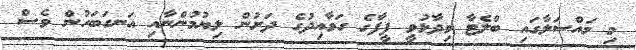
މި މައްސަލާގައި ބްލެޓާ ވިދާޅުވީ ފީފާގެ ގަވާއިދުގެ ދަށުން ލިޔުމުންނާއި އަނގަބަހުން ވެސް